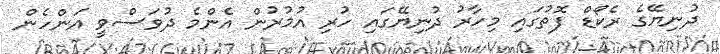
ދުނިޔޭގެ ރެކޯޑް ފޮތުގައި މިހާރު ދުނިޔޭގައި ހުރި އުމުރުން އެންމެ ދުވަސްވީ އަންހެން